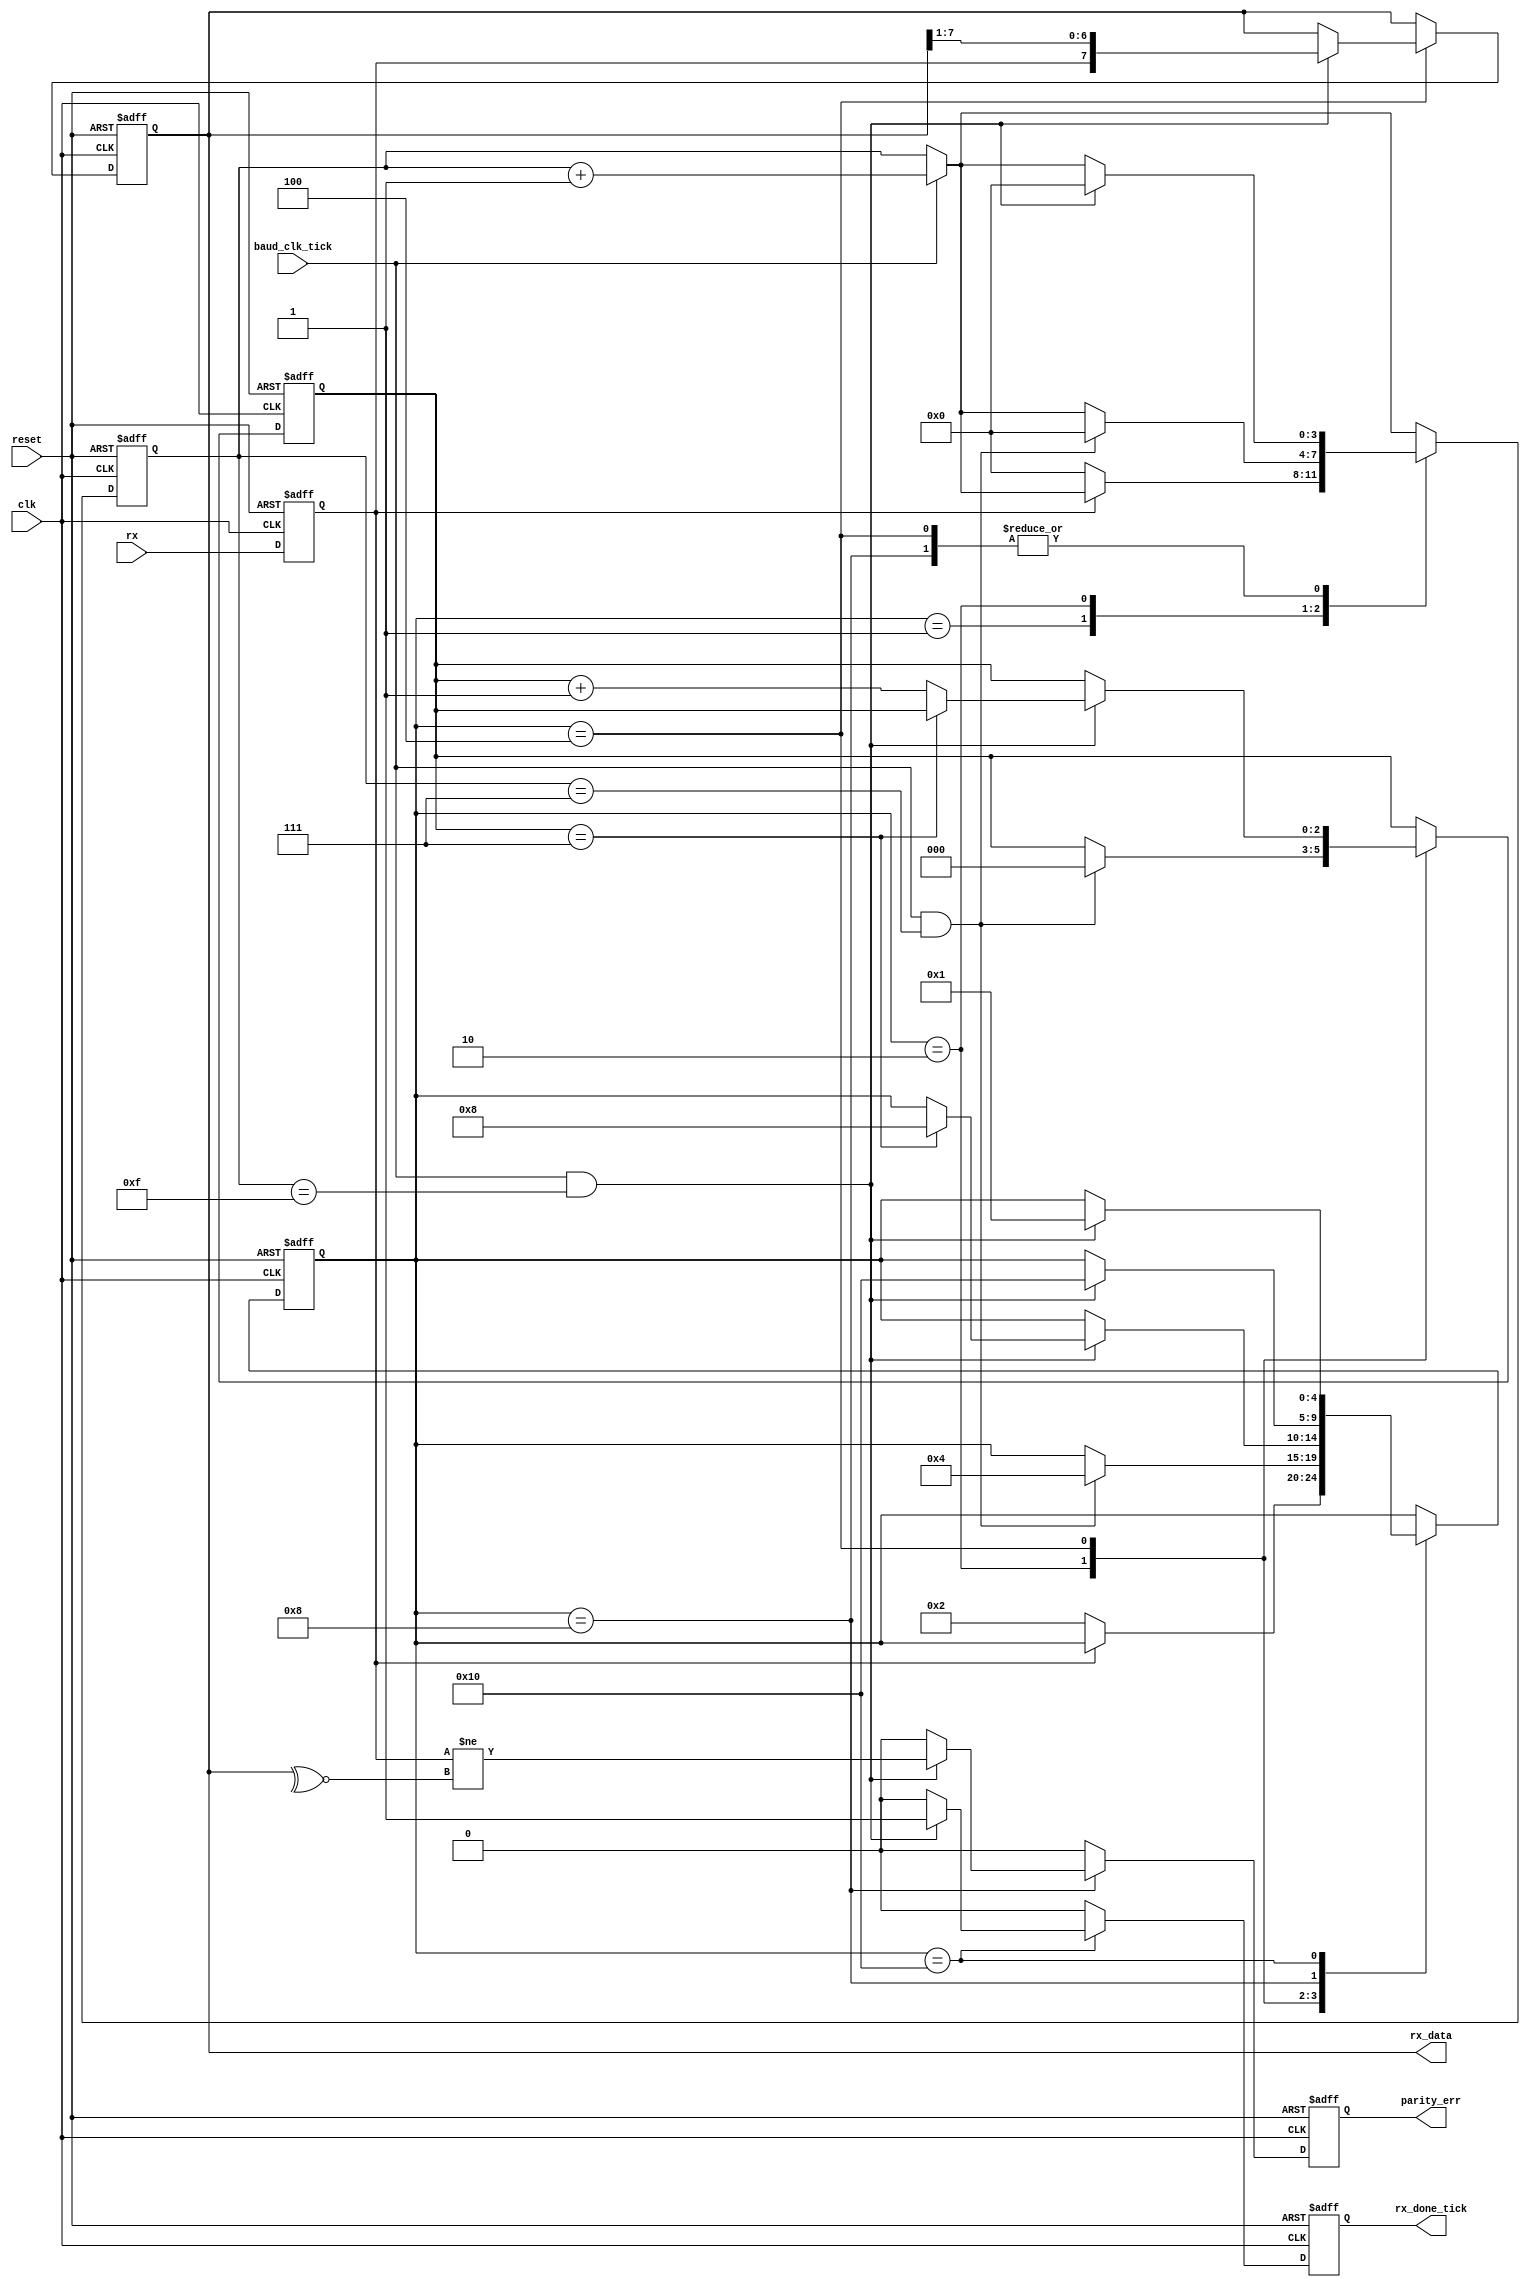
module uart_rx
#(
  parameter DATA_BITS                = 8,
  parameter STOP_BITS                = 1,
  parameter PARITY_MODE              = 1, // 0 = NONE, 1 = ODD, 2 = EVEN
  parameter BAUD_CLK_OVERSAMPLE_RATE = 16
)
(
  input  wire                 clk,            // System clock
  input  wire                 reset,          // Reset signal
  input  wire                 baud_clk_tick,  // 1 tick per OVERSAMPLE_RATE baud clks
  input  wire                 rx,             // RX transmission wire
  output wire [DATA_BITS-1:0] rx_data,        // Output data
  output wire                 rx_done_tick,   // Output rdy signal
  output wire                 parity_err      // Asserted for one clk on parity error
);

localparam [5:0] STOP_OVERSAMPLE_TICKS = STOP_BITS * BAUD_CLK_OVERSAMPLE_RATE;

// Symbolic state representations.
localparam [4:0] S_IDLE   = 5'h01,
                 S_START  = 5'h02,
                 S_DATA   = 5'h04,
                 S_PARITY = 5'h08,
                 S_STOP   = 5'h10;

// Registers
reg [4:0]           q_state, d_state;
reg [3:0]           q_oversample_tick_cnt, d_oversample_tick_cnt;
reg [DATA_BITS-1:0] q_data, d_data;
reg [2:0]           q_data_bit_idx, d_data_bit_idx;
reg                 q_done_tick, d_done_tick;
reg                 q_parity_err, d_parity_err;
reg                 q_rx;

always @(posedge clk, posedge reset)
  begin
    if (reset)
      begin
        q_state               <= S_IDLE;
        q_oversample_tick_cnt <= 0;
        q_data                <= 0;
        q_data_bit_idx        <= 0;
        q_done_tick           <= 1'b0;
        q_parity_err          <= 1'b0;
        q_rx                  <= 1'b1;
      end
    else
      begin
        q_state               <= d_state;
        q_oversample_tick_cnt <= d_oversample_tick_cnt;
        q_data                <= d_data;
        q_data_bit_idx        <= d_data_bit_idx;
        q_done_tick           <= d_done_tick;
        q_parity_err          <= d_parity_err;
        q_rx                  <= rx;
      end
  end

always @*
  begin
    // Default most state to remain unchanged.
    d_state               = q_state;
    d_data                = q_data;
    d_data_bit_idx        = q_data_bit_idx;

    // Increment the tick counter if the baud_clk counter ticked.
    d_oversample_tick_cnt = (baud_clk_tick) ? q_oversample_tick_cnt + 4'h1 : q_oversample_tick_cnt;

    // Default the done signal and parity err to 0.
    d_done_tick           = 1'b0;
    d_parity_err          = 1'b0;

    case (q_state)
      S_IDLE:
        begin
          // Detect incoming data when rx goes low (start bit).
          if (~q_rx)
            begin
              d_state               = S_START;
              d_oversample_tick_cnt = 0;
            end
        end

      S_START:
        begin
          // Wait for BAUD_CLK_OVERSAMPLE_RATE / 2 ticks to get "centered" in the start bit signal.
          if (baud_clk_tick && (q_oversample_tick_cnt == ((BAUD_CLK_OVERSAMPLE_RATE - 1) / 2)))
            begin
              d_state               = S_DATA;
              d_oversample_tick_cnt = 0;
              d_data_bit_idx        = 0;
            end
        end

      S_DATA:
        begin
          // Every BAUD_CLK_OVERSAMPLE_RATE clocks, sample rx and shift its value into the data reg.
          if (baud_clk_tick && (q_oversample_tick_cnt == (BAUD_CLK_OVERSAMPLE_RATE - 1)))
            begin
              d_data                = { q_rx, q_data[DATA_BITS-1:1] };
              d_oversample_tick_cnt = 0;

              if (q_data_bit_idx == (DATA_BITS - 1))
                begin
                  if (PARITY_MODE == 0)
                    d_state = S_STOP;
                  else
                    d_state = S_PARITY;
                end
              else
                d_data_bit_idx = q_data_bit_idx + 3'h1;
            end
        end

      S_PARITY:
        begin
          if (baud_clk_tick && (q_oversample_tick_cnt == (BAUD_CLK_OVERSAMPLE_RATE - 1)))
            begin
              if (PARITY_MODE == 1)
                d_parity_err = (q_rx != ~^q_data);
              else
                d_parity_err = (q_rx != ^q_data);

              d_state               = S_STOP;
              d_oversample_tick_cnt = 0;
            end
        end

      S_STOP:
        begin
          // Wait for stop bit before returning to idle.  Signal done_tick.
          if (baud_clk_tick && (q_oversample_tick_cnt == STOP_OVERSAMPLE_TICKS - 1))
            begin
              d_state     = S_IDLE;
              d_done_tick = 1'b1;
            end
        end
    endcase
end

assign rx_data      = q_data;
assign rx_done_tick = q_done_tick;
assign parity_err   = q_parity_err;

endmodule